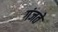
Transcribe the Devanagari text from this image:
गंजते